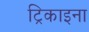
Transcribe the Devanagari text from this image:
ट्रिकाइना